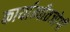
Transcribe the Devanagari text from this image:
कार्यान्वीतजोगी